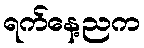
ရက်နေ့ညက